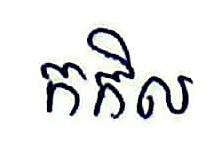
កកិល